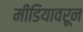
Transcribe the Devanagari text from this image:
मीडियावरून